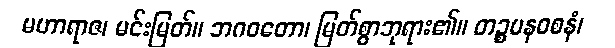
မဟာရာဇ၊ မင်းမြတ်။ ဘဂဝတော၊ မြတ်စွာဘုရား၏။ တဉ္စပနဝစနံ၊